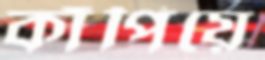
কাঁপিয়ে